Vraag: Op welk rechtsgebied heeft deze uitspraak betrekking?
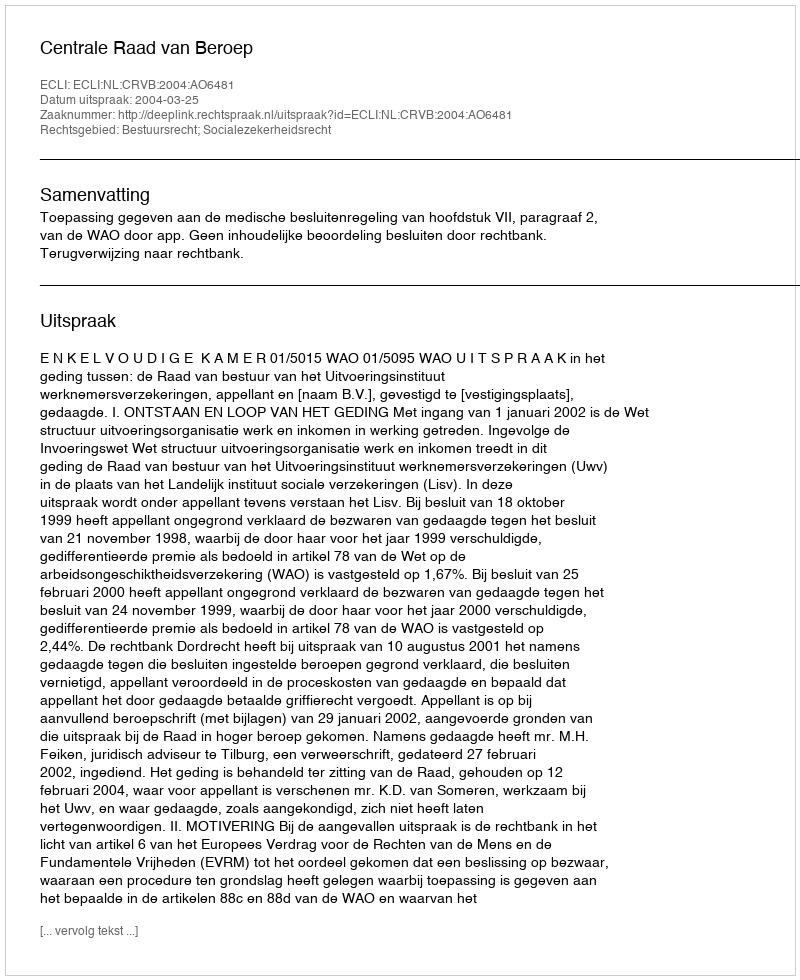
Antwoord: Bestuursrecht; Socialezekerheidsrecht